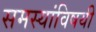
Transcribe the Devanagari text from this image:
समस्यांविषयी